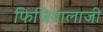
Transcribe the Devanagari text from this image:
फिजियालाजी